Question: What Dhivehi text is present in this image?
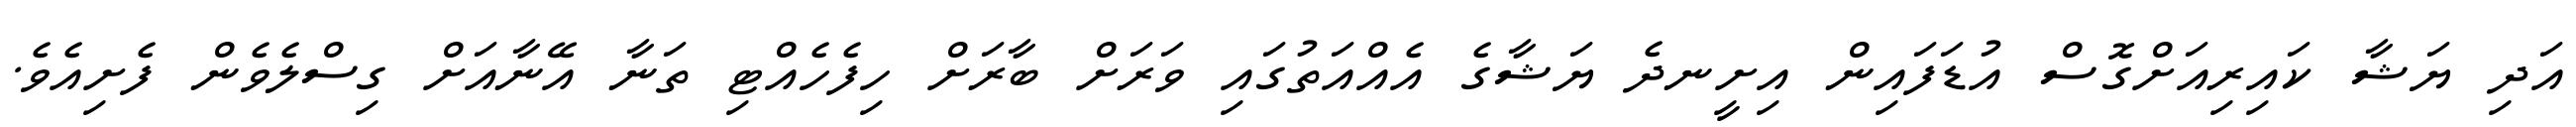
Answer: އަދި ޔަޝާ ކައިރިއަށްގޮސް އުޑަފައިން އިށީނދެ ޔަޝާގެ އެއްއަތުގައި ވަރަށް ބާރަށް ހިފެހެއްޓި ތަނާ އޭނާއަށް ގިސްލެވެން ފެށިއެވެ.